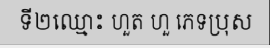
ទី២ឈ្មោះ ហួត ហួ ភេទប្រុស